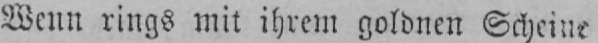
Wenn rings mit ihrem goldnen Scheine